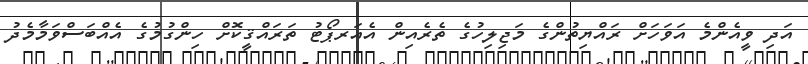
އަދި ވީއެންމެ އަވަހަށް ރައްޔިތުންގެ މަޖިލިހުގެ ތެރެއިން އެއަރޕޯޓު ތަރައްޤީކޮށް ހިންގުމުގެ އެއްބަސްވަމާމެދު